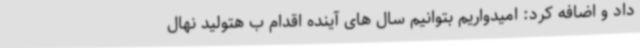
داد و اضافه کرد: امیدواریم بتوانیم سال های آینده اقدام ب هتولید نهال